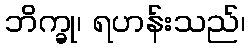
ဘိက္ခု၊ ရဟန်းသည်၊